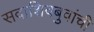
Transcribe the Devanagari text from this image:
सदाशिवबुवांची